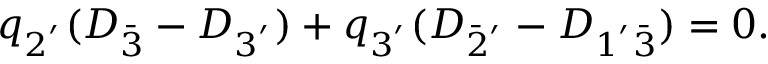
q _ { 2 ^ { ' } } ( D _ { \bar { 3 } } - D _ { 3 ^ { ' } } ) + q _ { 3 ^ { ' } } ( D _ { \bar { 2 } ^ { ' } } - D _ { 1 ^ { ' } \bar { 3 } } ) = 0 .